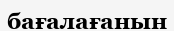
бағалағанын